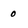
Character: 0